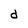
Character: d